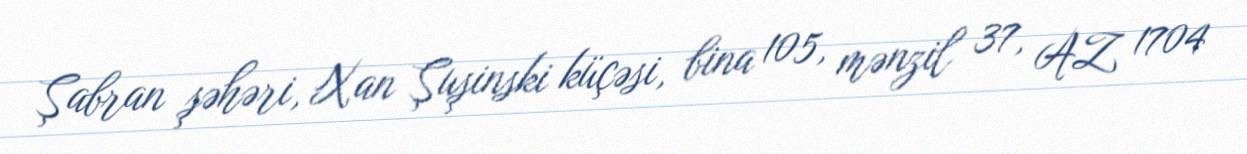
Şabran şəhəri, Xan Şuşinski küçəsi, bina 105, mənzil 37, AZ 1704